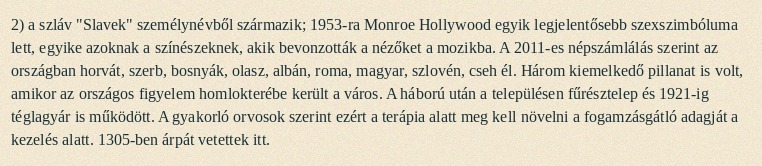
2) a szláv "Slavek" személynévből származik; 1953-ra Monroe Hollywood egyik legjelentősebb szexszimbóluma lett, egyike azoknak a színészeknek, akik bevonzották a nézőket a mozikba. A 2011-es népszámlálás szerint az országban horvát, szerb, bosnyák, olasz, albán, roma, magyar, szlovén, cseh él. Három kiemelkedő pillanat is volt, amikor az országos figyelem homlokterébe került a város. A háború után a településen fűrésztelep és 1921-ig téglagyár is működött. A gyakorló orvosok szerint ezért a terápia alatt meg kell növelni a fogamzásgátló adagját a kezelés alatt. 1305-ben árpát vetettek itt.